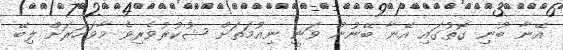
އޭނާ ބުނި ގޮތުގައި އޭނާ ބޭނުން ވަނީ ނިއުމަތަށް ޝުކުރުވެރިވެ މާވަހަރަށް ލިބޭ